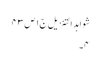
شواہد التنزیل ج١ ص ٤٣
٤۔